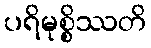
ပရိမုစ္စိဿတိ